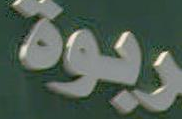
ربوة